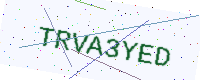
Text: TRVA3YED